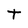
Character: t